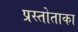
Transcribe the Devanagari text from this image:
प्रस्तोताका